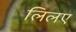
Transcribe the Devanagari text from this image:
लिलए